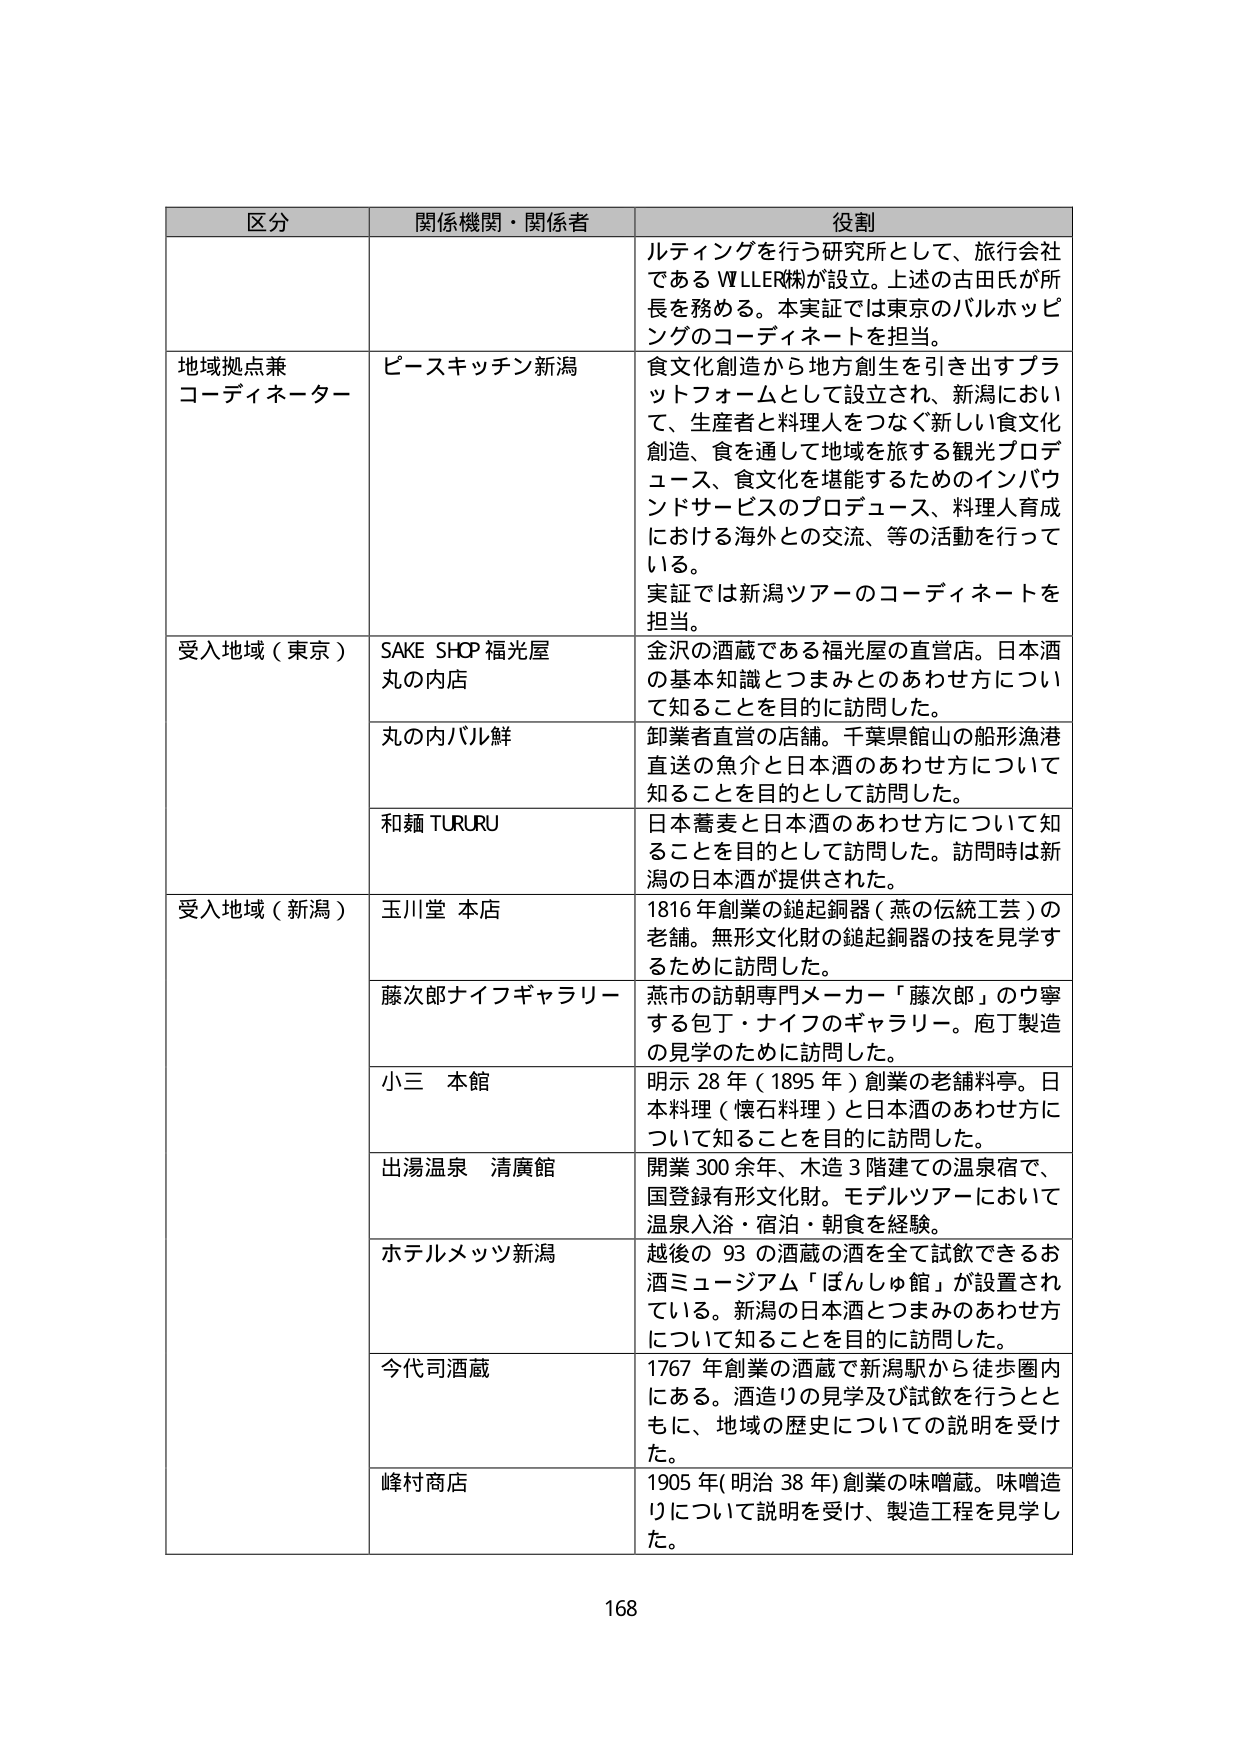
区分 関係機関・関係者 役割
ルティングを行う研究所として、旅行会社である WLLER㈱が設立。上述の古田氏が所長を務める。本実証では東京のバルホッピングのコーディネートを担当。
地域拠点兼 コーディネーター ピースキッチン新潟 食文化創造から地方創生を引き出すプラットフォームとして設立され、新潟において、生産者と料理人をつなぐ新しい食文化創造、食を通して地域を旅する観光プロデュース、食文化を堪能するためのインバウンドサービスのプロデュース、料理人育成における海外との交流、等の活動を行っている。実証では新潟ツアーのコーディネートを担当。
受入地域（東京） SAKE SHOP 福光屋 丸の内店 金沢の酒蔵である福光屋の直営店。日本酒の基本知識とつまみとのあわせ方について知ることを目的に訪問した。
丸の内バル鮮 卸業者直営の店舗。千葉県館山の船形漁港直送の魚介と日本酒のあわせ方について知ることを目的として訪問した。
和麺 TURURU 日本蕎麦と日本酒のあわせ方について知ることを目的として訪問した。訪問時は新潟の日本酒が提供された。
受入地域（新潟） 玉川堂 本店 1816 年創業の鎚起銅器（燕の伝統工芸）の老舗。無形文化財の鎚起銅器の技を見学するために訪問した。
藤次郎ナイフギャラリー 燕市の訪朝専門メーカー「藤次郎」のウ寧する包丁・ナイフのギャラリー。庖丁製造の見学のために訪問した。
小三 本館 明示 28 年（1895 年）創業の老舗料亭。日本料理（懐石料理）と日本酒のあわせ方について知ることを目的に訪問した。
出湯温泉 清廣館 開業 300 余年、木造 3 階建ての温泉宿で、国登録有形文化財。モデルツアーにおいて温泉入浴・宿泊・朝食を経験。
ホテルメッツ新潟 越後の 93 の酒蔵の酒を全て試飲できるお酒ミュージアム「ほんしゅ館」が設置されている。新潟の日本酒とつまみのあわせ方について知ることを目的に訪問した。
今代司酒蔵 1767 年創業の酒蔵で新潟駅から徒歩圏内にある。酒造りの見学及び試飲を行うとともに、地域の歴史についての説明を受けた。
峰村商店 1905 年(明治 38 年)創業の味噌蔵。味噌造りについて説明を受け、製造工程を見学した。
168